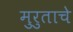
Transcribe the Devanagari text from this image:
मुरुताचे